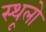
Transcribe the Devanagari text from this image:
स्थूलो